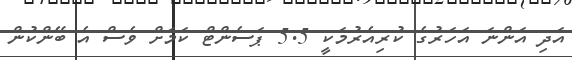
އަދި އަންނަ އަހަރުގެ ކުރިއެރުމަކީ 5.5 ޕަސެންޓް ކަމަށް ވެސް އެ ބޭންކުން